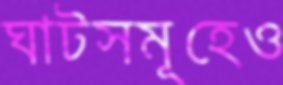
ঘাটসমূহেও